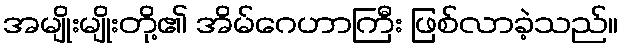
အမျိုးမျိုးတို့၏ အိမ်ဂေဟာကြီး ဖြစ်လာခဲ့သည်။